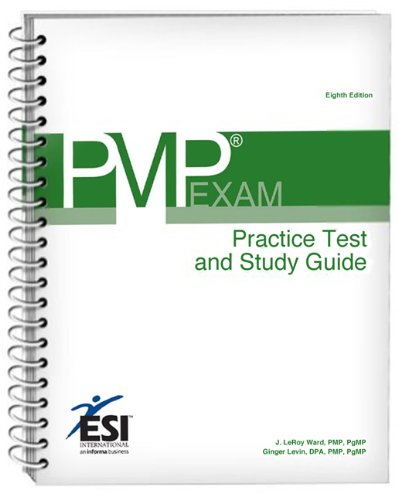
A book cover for PMP Exam: Practice Test and Study Guide, Eighth Edition; Test Preparation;